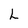
Character: L